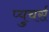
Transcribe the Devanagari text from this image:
प्युचर्स